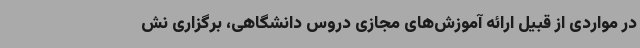
در مواردی از قبیل ارائه آموزش‌های مجازی دروس دانشگاهی، برگزاری نش